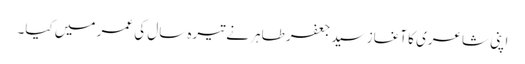
اپنی شاعری کا آغاز سید جعفر طاہر نے تیرہ سال کی عمر میں کیا۔